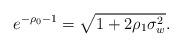
LaTeX: \begin{align*}{e^{-\rho_0 -1}}={\sqrt{1 + 2\rho_1 \sigma_w^2}}.\end{align*}